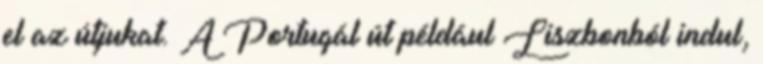
el az útjukat. A Portugál út például Liszbonból indul,